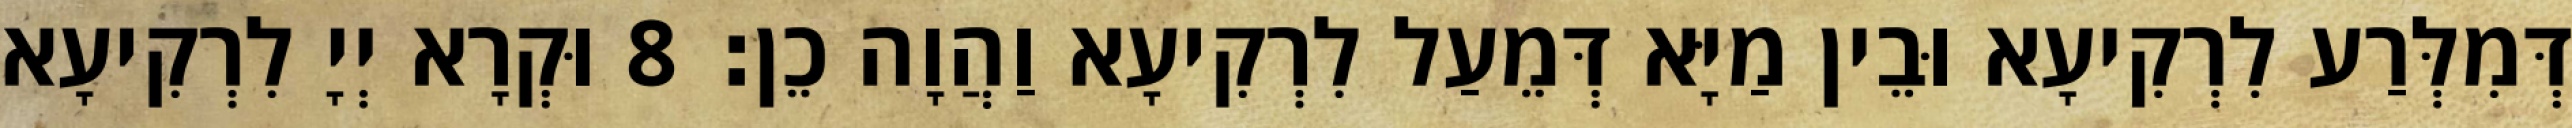
דְּמִלְּרַע לִרְקִיעָא וּבֵין מַיָּא דְּמֵעַל לִרְקִיעָא וַהֲוָה כֵן׃ 8 וּקְרָא יְיָ לִרְקִיעָא